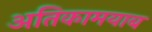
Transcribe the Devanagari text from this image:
अतिकामयाब